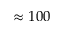
\approx 1 0 0